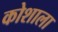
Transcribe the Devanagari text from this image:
कोशाला